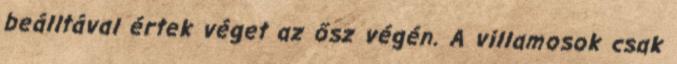
beálltával értek véget az ősz végén. A villamosok csak